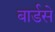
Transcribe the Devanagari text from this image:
बार्डसे